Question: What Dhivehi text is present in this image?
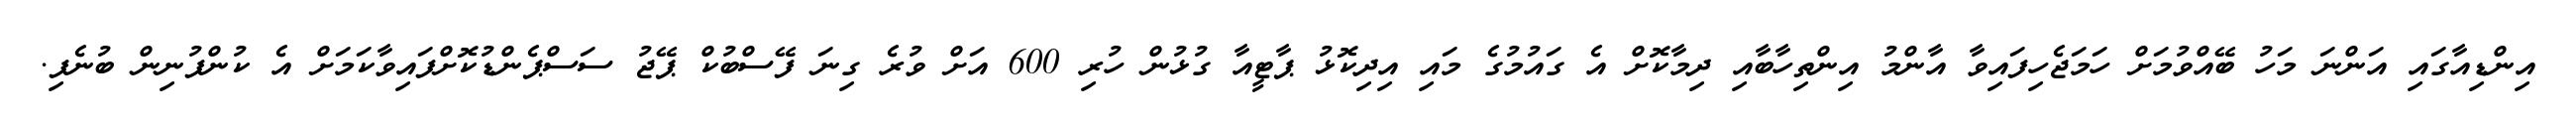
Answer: އިންޑިއާގައި އަންނަ މަހު ބޭއްވުމަށް ހަމަޖެހިފައިވާ އާންމު އިންތިހާބާއި ދިމާކޮށް އެ ގައުމުގެ މައި އިދިކޮޅު ޕާޓީއާ ގުޅުން ހުރި 600 އަށް ވުރެ ގިނަ ފޭސްބުކް ޕޭޖު ސަސްޕެންޑުކޮށްފައިވާކަމަށް އެ ކުންފުނިން ބުނެފި.